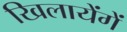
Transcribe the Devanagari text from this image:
खिलायेंगें